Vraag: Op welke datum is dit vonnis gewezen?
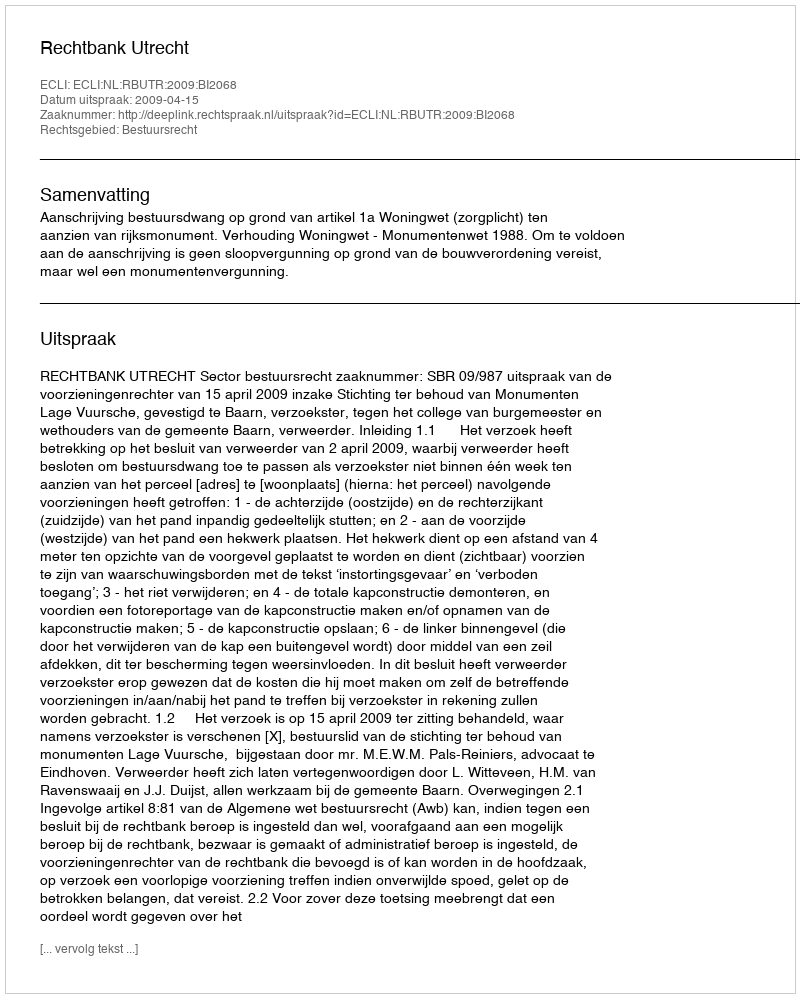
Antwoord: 2009-04-15